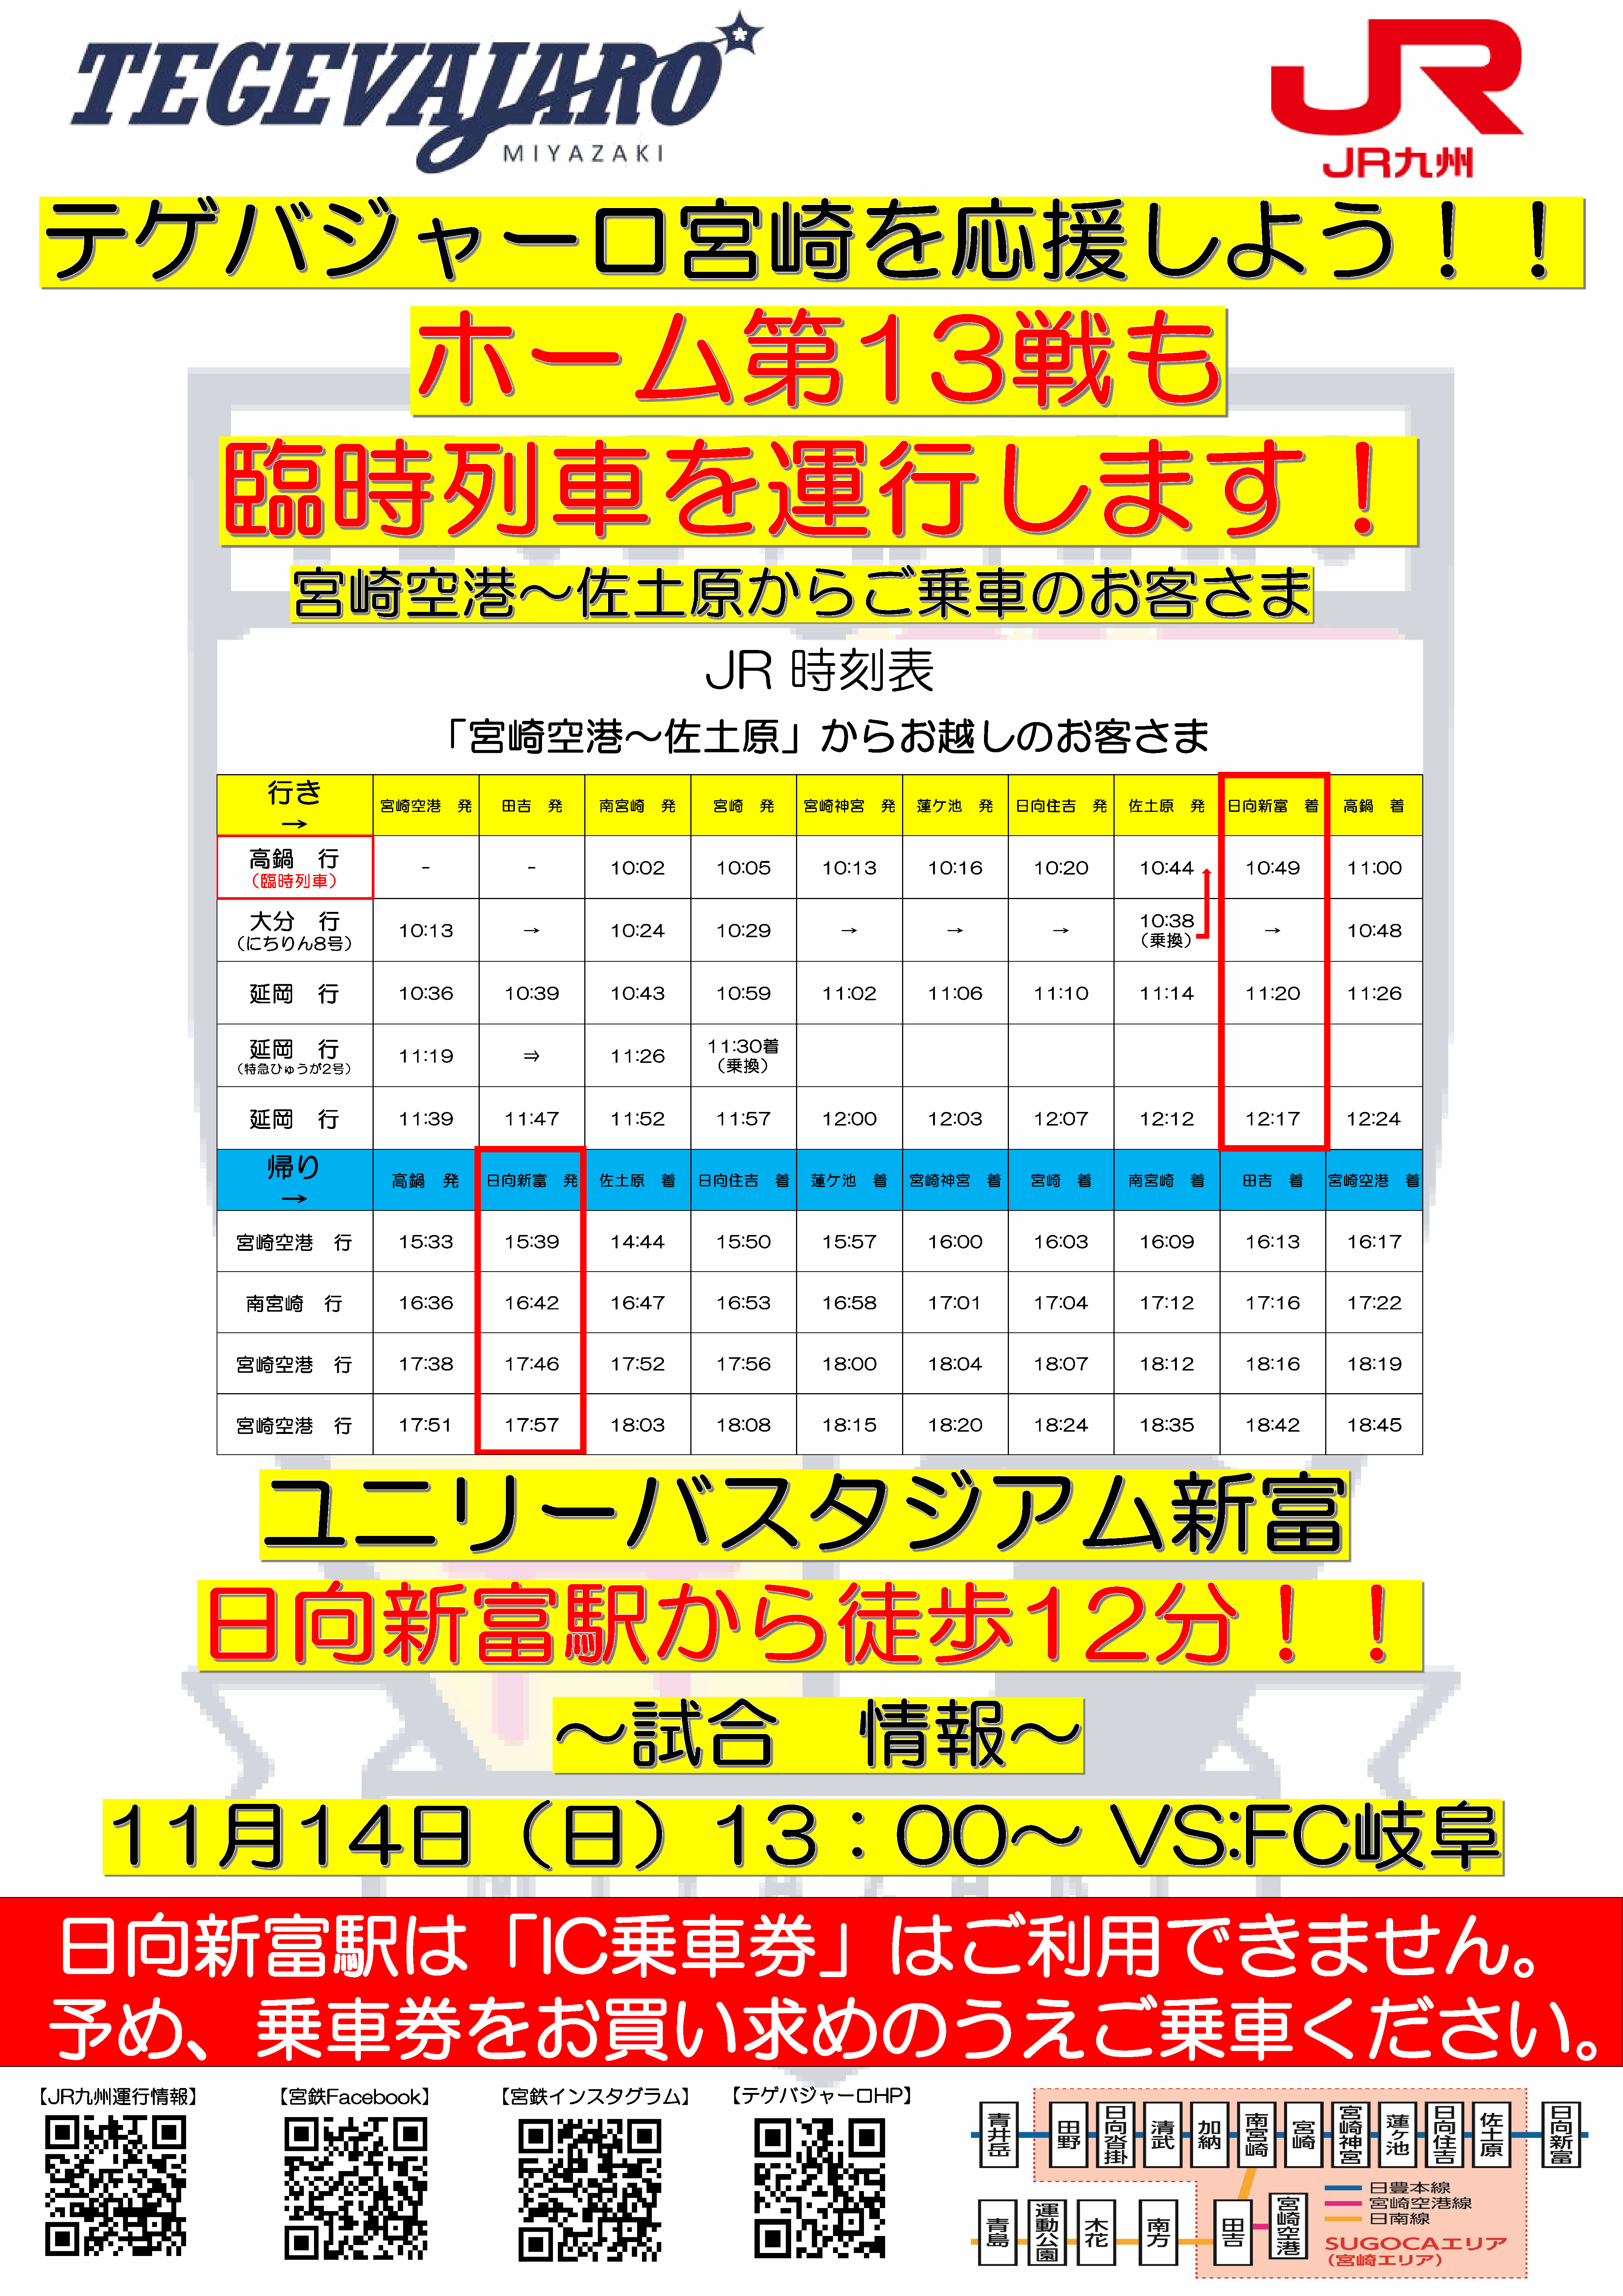
JR            時刻表
 「宮崎空港〜佐土原」からお越しのお客さま
 行き
 宮崎空港         発       田吉      発        南宮崎        発        宮崎      発       宮崎神宮         発      蓮ケ池        発     日向住吉          発     佐土原        発     日向新富          着      高鍋      着
 →
 高鍋          行
 -                  -             10:02              10:05             10:13              10:16             10:20              10:44             10:49             11:00
 （臨時列車）
 大分          行
 10:38
 10:13                 →              10:24              10:29                →                  →                  →                                    →             10:48
 （乗換）
 （にちりん8号）
 延岡          行
 10:36             10:39              10:43              10:59             11:02              11:06             11:10              11:14             11:20             11:26
 延岡          行                                                                   11:30着
 11:19                 ⇒              11:26
 （乗換）
 （特急ひゅうが2号）
 延岡          行
 11:39             11:47              11:52              11:57             12:00              12:03             12:07              12:12             12:17             12:24
 帰り
 高鍋       発      日向新富          発     佐土原        着     日向住吉          着     蓮ケ池        着     宮崎神宮          着       宮崎      着        南宮崎        着        田吉      着      宮崎空港         着
 →
 宮崎空港              行          15:33             15:39              14:44              15:50             15:57              16:00             16:03              16:09             16:13             16:17
 南宮崎           行            16:36             16:42              16:47              16:53             16:58              17:01             17:04              17:12             17:16             17:22
 宮崎空港              行          17:38             17:46              17:52              17:56             18:00              18:04             18:07              18:12             18:16             18:19
 宮崎空港              行          17:51             17:57              18:03              18:08             18:15              18:20             18:24              18:35             18:42             18:45
 日向新富駅は「IC乗車券」はご利用できません。
 予め、乗車券をお買い求めのうえご乗車ください。
 【JR九州運行情報】                                【宮鉄Facebook】                           【宮鉄インスタグラム】                              【テゲバジャーロHP】